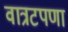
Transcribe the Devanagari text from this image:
वात्रटपणा